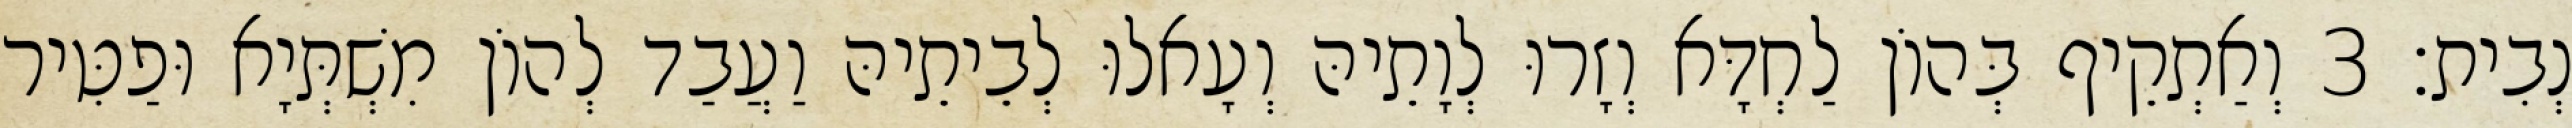
נְבִית׃ 3 וְאַתְקֵיף בְּהוֹן לַחְדָּא וְזָרוּ לְוָתֵיהּ וְעָאלוּ לְבֵיתֵיהּ וַעֲבַד לְהוֹן מִשְׁתְּיָא וּפַטִּיר